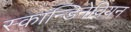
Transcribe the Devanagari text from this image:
स्कान्डिनेवियन